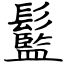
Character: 䰐